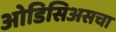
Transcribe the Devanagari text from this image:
ओडिसिअसचा